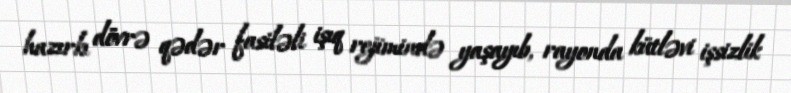
hazırkı dövrə qədər fasiləli işıq rejimində yaşayıb, rayonda kütləvi işsizlik